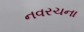
નવરચના